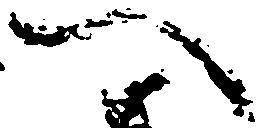
へ